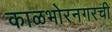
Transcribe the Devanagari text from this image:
काळभोरनगरची